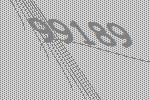
99189